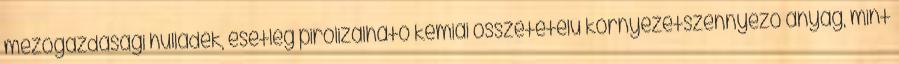
mezőgazdasági hulladék, esetleg pirolizálható kémiai összetételű környezetszennyező anyag, mint